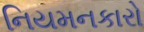
નિયમનકારો